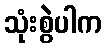
သုံးစွဲပါက